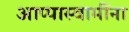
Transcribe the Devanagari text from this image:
आप्पास्‍वामींना